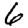
Digit: 6